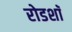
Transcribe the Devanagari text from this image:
रोडशाॅ